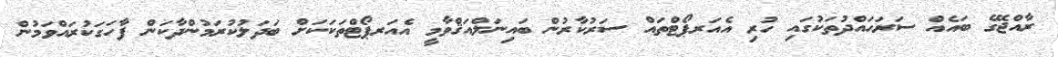
ރާއްޖޭގެ ބައެއް ސަރަޙައްދުތަކުގައި ހުރި އެއަރޕޯޓްތައް ސަރުކާރުން ބައިނަލްއަޤްވާމީ އެއަރޕޯޓްތަކަކަށް ބަދަލުކުރަމުންދާކަން ފާހަގަކުރައްވަމުން